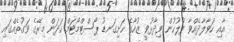
އާއި ހަވާލާދެއްވާ ފުލުހުން ވިދާޅުވީ ޒުހާގެ ހަށިގަނޑު ޕޯސްޓްމޯޓަމް ހަދަން މިރޭގެ ވަގުތެއްގައި